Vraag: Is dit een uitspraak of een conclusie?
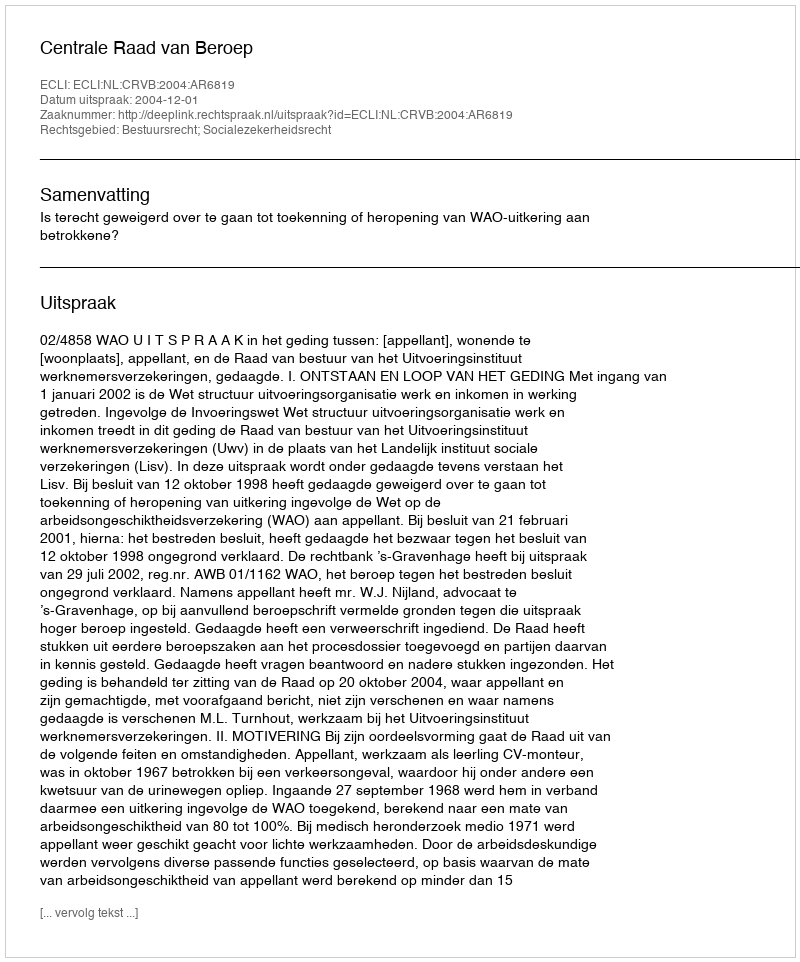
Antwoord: Uitspraak